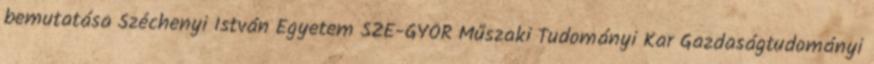
bemutatása Széchenyi István Egyetem SZE-GYŐR Műszaki Tudományi Kar Gazdaságtudományi